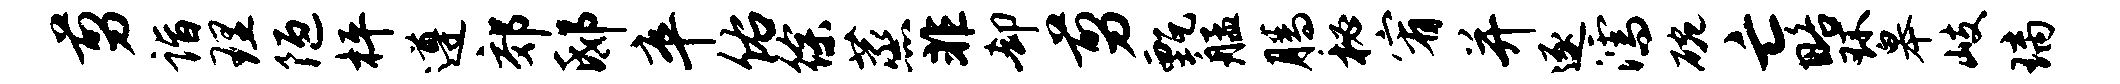
剪诣理陋枰遵郊邸卒佑徐蒸非却剪甄艋腾秘宥并逐濡碗亡略环皋岐璃